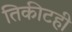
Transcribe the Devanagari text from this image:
तिकीटही